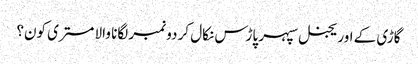
گاڑی کے اوریجنل سپہر پاڑس نکال کر دو نمبر لگانا والا مستری کون؟